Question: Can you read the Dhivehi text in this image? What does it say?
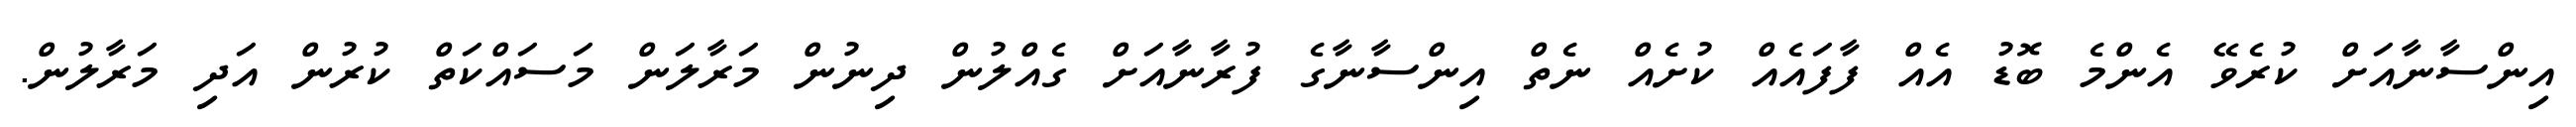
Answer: އިންސާނާއަށް ކުރެވޭ އެންމެ ބޮޑު އެއް ފާފައެއް ކުށެއް ނެތް އިންސާނާގެ ފުރާނާއަށް ގެއްލުން ދިނުން މަރާލަން މަސައްކަތް ކުރުން އަދި މަރާލުން.